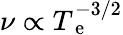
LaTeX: \nu\propto T_{\mathrm{~e~}}^{-3/2}